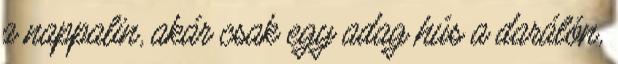
a nappalin, akár csak egy adag hús a darálón,